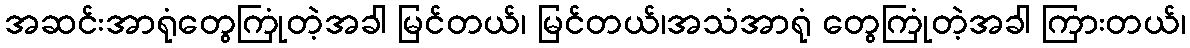
အဆင်းအာရုံတွေကြုံတဲ့အခါ မြင်တယ်၊ မြင်တယ်၊အသံအာရုံ တွေကြုံတဲ့အခါ ကြားတယ်၊